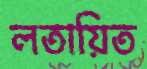
লতায়িত